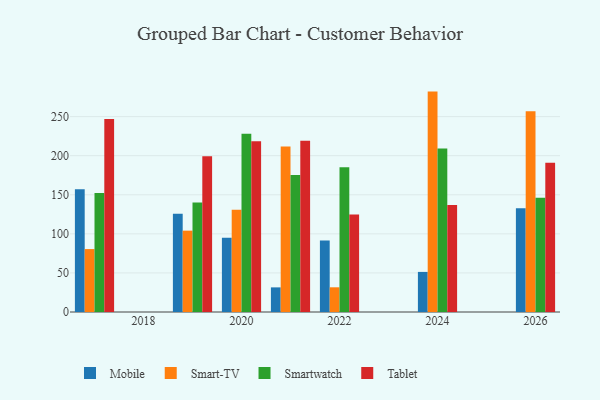
{"axis": {"x": "Year", "y": "Waste Production (Tons)"}, "legend": ["Mobile", "Smart-TV", "Smartwatch", "Tablet"], "data": [{"x": "2020", "y": 95.0, "type": "Mobile"}, {"x": "2020", "y": 130.8, "type": "Smart-TV"}, {"x": "2020", "y": 228.2, "type": "Smartwatch"}, {"x": "2020", "y": 218.6, "type": "Tablet"}, {"x": "2017", "y": 157.2, "type": "Mobile"}, {"x": "2017", "y": 80.5, "type": "Smart-TV"}, {"x": "2017", "y": 152.4, "type": "Smartwatch"}, {"x": "2017", "y": 246.8, "type": "Tablet"}, {"x": "2021", "y": 31.5, "type": "Mobile"}, {"x": "2021", "y": 211.9, "type": "Smart-TV"}, {"x": "2021", "y": 175.3, "type": "Smartwatch"}, {"x": "2021", "y": 219.2, "type": "Tablet"}, {"x": "2024", "y": 51.3, "type": "Mobile"}, {"x": "2024", "y": 282.0, "type": "Smart-TV"}, {"x": "2024", "y": 209.2, "type": "Smartwatch"}, {"x": "2024", "y": 136.8, "type": "Tablet"}, {"x": "2022", "y": 91.5, "type": "Mobile"}, {"x": "2022", "y": 31.6, "type": "Smart-TV"}, {"x": "2022", "y": 185.1, "type": "Smartwatch"}, {"x": "2022", "y": 124.7, "type": "Tablet"}, {"x": "2019", "y": 125.6, "type": "Mobile"}, {"x": "2019", "y": 104.1, "type": "Smart-TV"}, {"x": "2019", "y": 140.1, "type": "Smartwatch"}, {"x": "2019", "y": 199.3, "type": "Tablet"}, {"x": "2026", "y": 132.9, "type": "Mobile"}, {"x": "2026", "y": 256.8, "type": "Smart-TV"}, {"x": "2026", "y": 146.3, "type": "Smartwatch"}, {"x": "2026", "y": 190.9, "type": "Tablet"}]}